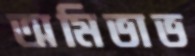
অমিভাভ